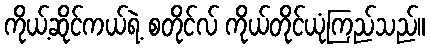
ကိုယ့်ဆိုင်ကယ်ရဲ့ စတိုင်လ် ကိုယ်တိုင်ယုံကြည်သည်။